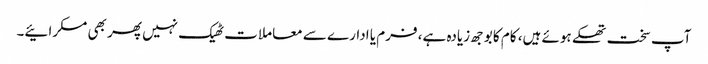
آپ سخت تھکے ہوئے ہیں، کام کا بوجھ زیادہ ہے، فرم یا ادارے سے معاملات ٹھیک نہیں پھر بھی مسکرائیے۔